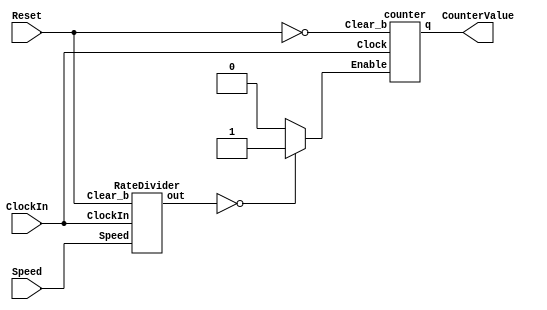


module part2(ClockIn, Reset, Speed, CounterValue);
	input ClockIn;
    input Reset;
	input [1:0] Speed;
	output [3:0] CounterValue;
	wire Enable;
	wire [10:0] RateDivider;

	RateDivider r_1 (.Speed(Speed), .out(RateDivider), .ClockIn(ClockIn), .Clear_b(Reset));

	assign Enable = (RateDivider == 11'b00000000000) ? 1'b1 : 1'b0;
	
	counter c_1 (.q(CounterValue), .Clock(ClockIn), .Clear_b(~Reset), .Enable(Enable));
	
endmodule

module RateDivider(Speed, out, ClockIn, Clear_b);
	
    input ClockIn;
    input Clear_b;
    input [1:0] Speed;
	
	output reg [10:0] out;
	
	reg [10:0] d;
	
	always @(Speed)
	begin
	case (Speed)
		2'b00: d <= 11'b00000000000;
		2'b01: d <= 11'b00111110011;
		2'b10: d <= 11'b01111100111;
		2'b11: d <= 11'b11111001111;
		default: d <= 11'b00000000000;
	endcase
	end
	
	always@ (posedge ClockIn)
	begin
	
		if(Clear_b)
			out <= 11'b00000000000;
		else if (out == 11'b00000000000)				
			out <= d;
		else  
			out <= out - 1;
		end
	
endmodule

module counter(q, Clock, Clear_b, Enable);
	input Clock;
    input Clear_b;
    input Enable;
	output reg[3:0] q;
	
	always@(posedge Clock)
		begin
			if(Clear_b  ==  1'b0)
				q <= 4'b000;
			else if(Enable)	
				q <= q + 1; 
		end

endmodule